Leprosy in India: report of the Leprosy Commission in India, 1890-91
Year: 1890
Disease focus: Leprosy
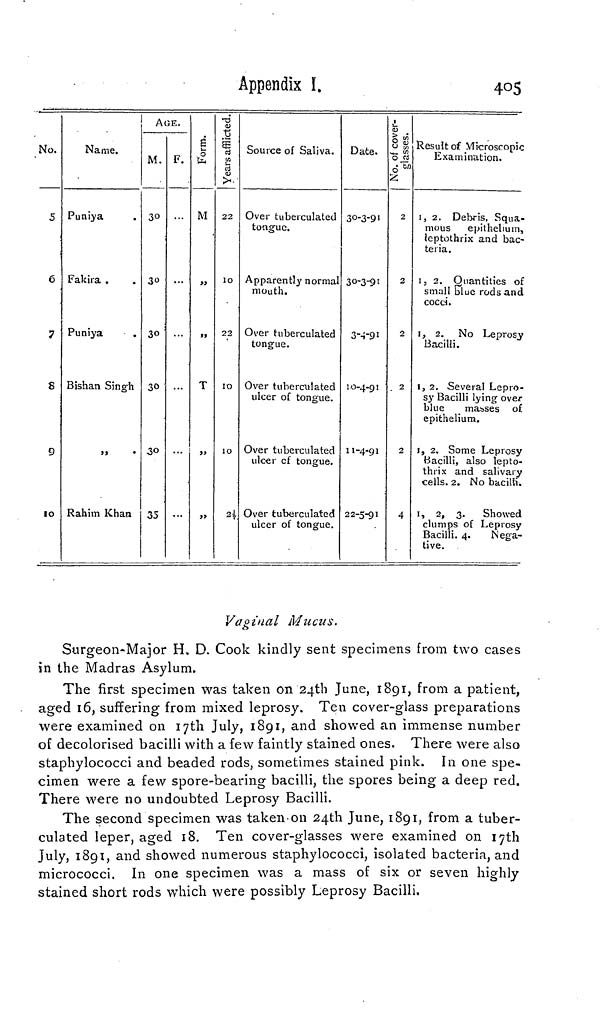
Appendix
405
No.
5
6
7
8
9
• 0
Name.
Puniya
Fakira .
Puniya
Bishan Singh
,,
Rahim Khan
AGE.
M.
30
30
30
30
35
F.
...
...
...
Form.
M
,,
T
,,
Years afflicted.
22
10
22
10
10
Source of Saliva.
Over tuberculated
tongue.
Apparently normal
mouth.
Over tuberculated
tongue.
Over tuberculated
ulcer of tongue.
Over tuberculated
ulcer of tongue.
Over tuberculated
ulcer of tongue.
Date.
30-3-91
30-3-91
3-4-91
10-4-91
11-4-91
22-5-91
No. of cover-
glasses.
2
2
2
2
2
4
Result of Microscopic
Examination.
1, 2. Debris, Squa-
mous
epithelium,
leptothrix and bac-
teria.
1, 2. Quantities of
small blue rods and
cocci.
1, 2. No Leprosy
Bacilli.
1, 2. Several Lepio-
sy Bacilli lying over
blue
masses of
epithelium.
1, 2. Some Leprosy
Bacilli, also lepto-
thrix and salivary
cells. 2. No bacilli.
1, 2, 3. Showed
clumps of Leprosy
Bacilli. 4.
Nega-
tive.
Vaginal Mucus.
Surgeon-Major H» D. Cook kindly sent specimens from two cases
in the Madras Asylum.
The first specimen was taken on 24th June, 1891, from a patient,
aged 16, suffering from mixed leprosy. Ten cover-glass preparations
were examined on 17th July, 1891, and showed an immense number
of decolorised bacilli with a few faintly stained ones. There were also
staphylococci and beaded rods, sometimes stained pink. In one spe-
cimen were a few spore-bearing bacilli, the spores being a deep red.
There were no undoubted Leprosy Bacilli.
The second specimen was taken on 24th June, 1891, from a tuber-
culated leper, aged 18. Ten cover-glasses were examined on 17th
July, 1891, and showed numerous staphylococci, isolated bacteria, and
micrococci. In one specimen was a mass of six or seven highly
stained short rods which were possibly Leprosy Bacilli.